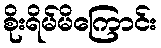
စိုးရိမ်မိကြောင်း